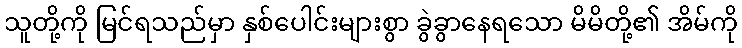
သူတို့ကို မြင်ရသည်မှာ နှစ်ပေါင်းများစွာ ခွဲခွာနေရသော မိမိတို့၏ အိမ်ကို